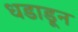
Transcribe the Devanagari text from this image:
धडाडून